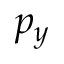
p _ { y }